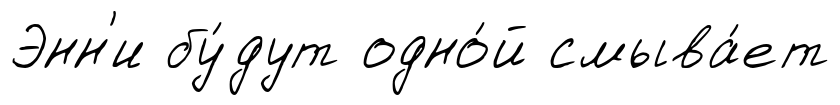
Энн'и бу́дут одно́й смыва́ет